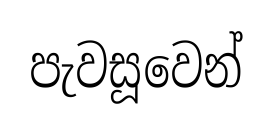
පැවසූවෙන්